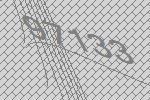
97133